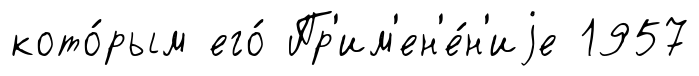
кото́рым его́ Пр'им'ен'е́н'иjе 1957